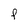
Character: F